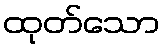
ထုတ်သော